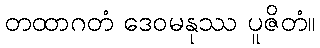
တထာဂတံ ဒေဝမနုဿ ပူဇိတံ။